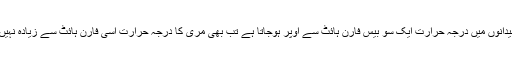
جب میدانوں میں درجہ حرارت ایک سو بیس فارن ہائٹ سے اوپر ہوجاتا ہے تب بھی مری کا درجہ حرارت اسی فارن ہائٹ سے زیادہ نہیں ہوتا ۔